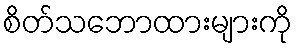
စိတ်သဘောထားများကို